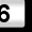
Digit: 6